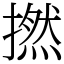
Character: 撚